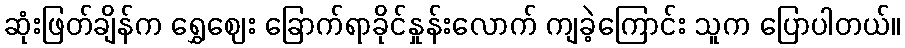
ဆုံးဖြတ်ချိန်က ရွှေဈေး ခြောက်ရာခိုင်နှုန်းလောက် ကျခဲ့ကြောင်း သူက ပြောပါတယ်။